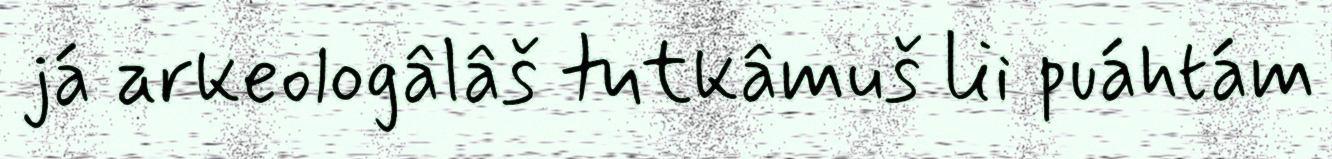
já arkeologâlâš tutkâmuš lii puáhtám